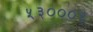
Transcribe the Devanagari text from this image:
५३०००३